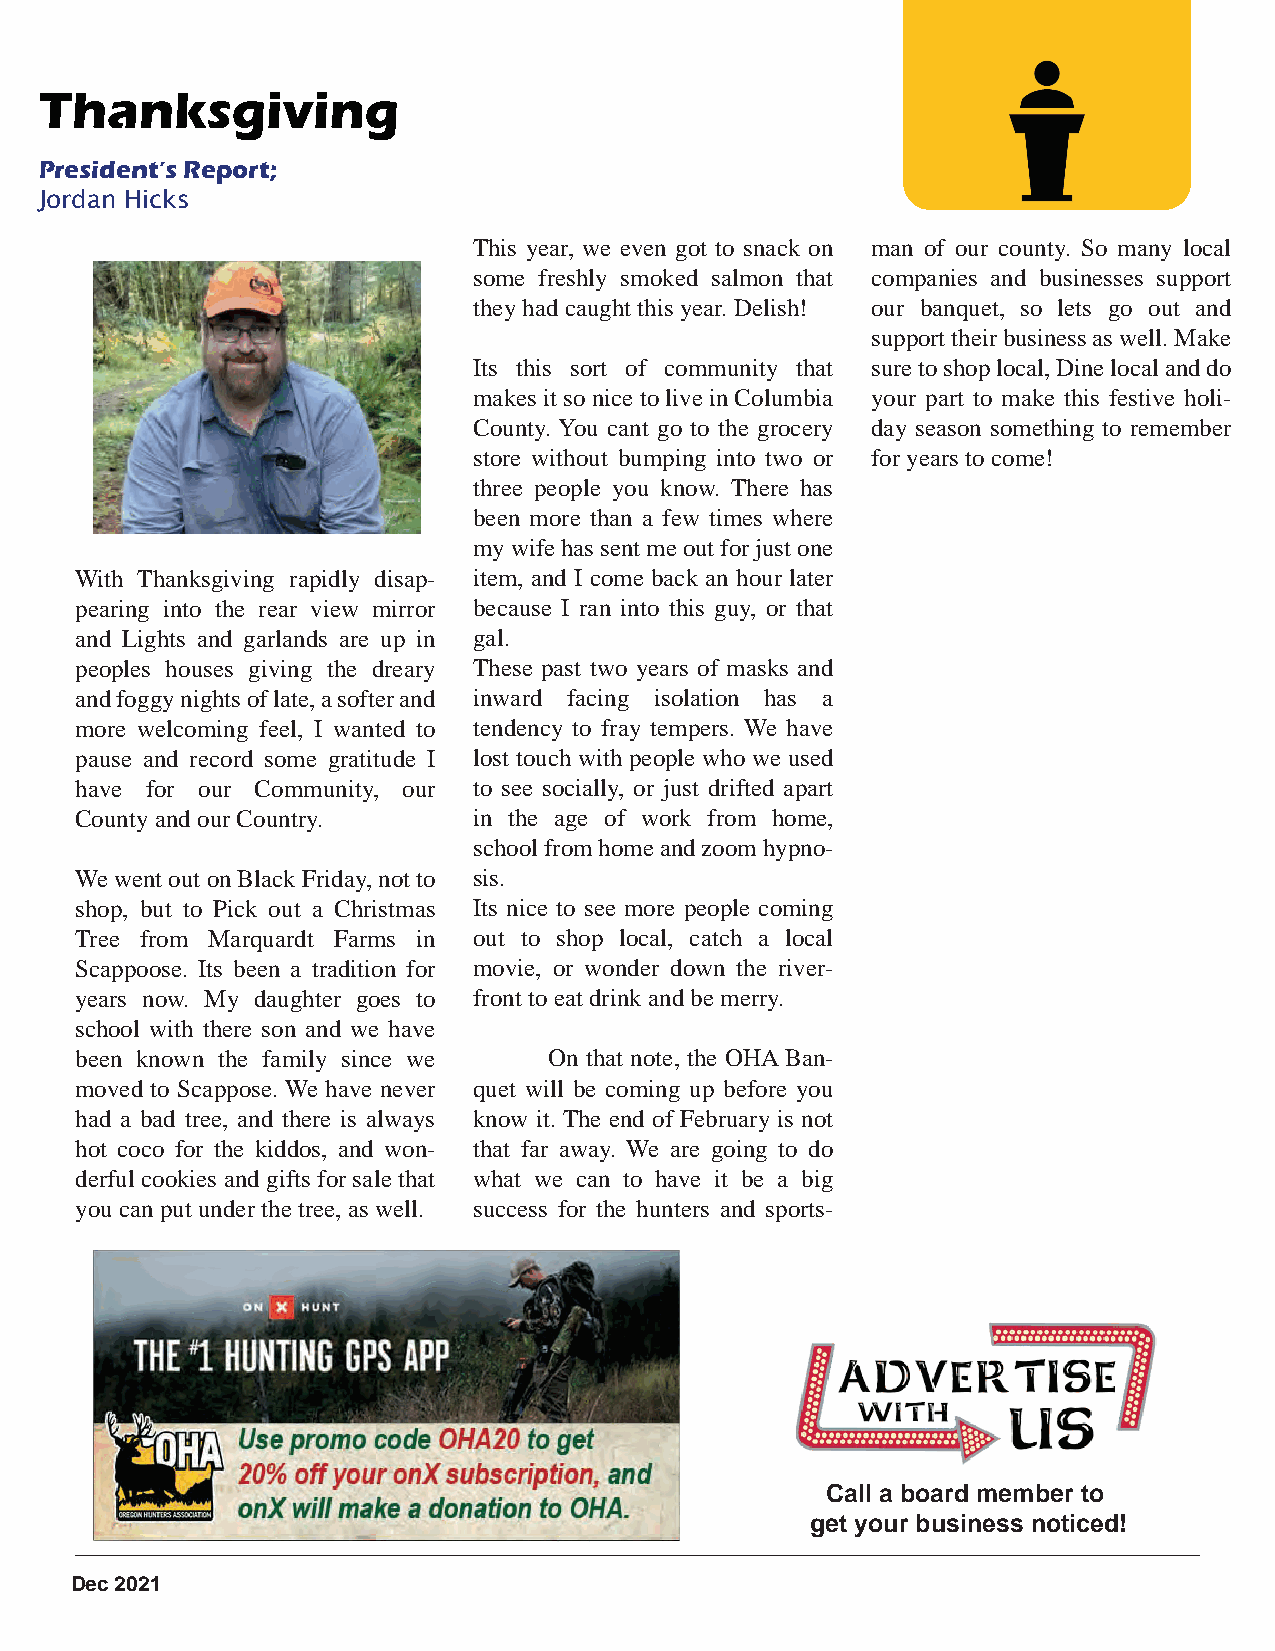
Thanksgiving
 President’sReport;
 Jordan Hicks
 This year, we even got to snack on man of our county. So many local
 some freshly smoked salmon that companies and businesses support
 they had caught this year. Delish! our banquet, so lets go out and
 support their business as well. Make
 Its this sort of community that sure to shop local, Dine local and do
 makes it so nice to live in Columbia your part to make this festive holi-
 County. You cant go to the grocery day season something to remember
 store without bumping into two or for years to come!
 three people you know. There has
 been more than a few times where
 my wife has sent me out for just one
 With Thanksgiving rapidly disap- item, and I come back an hour later
 pearing into the rear view mirror because I ran into this guy, or that
 and Lights and garlands are up in gal.
 peoples houses giving the dreary These past two years of masks and
 and foggy nights of late, a softer and inward facing isolation has a
 more welcoming feel, I wanted to tendency to fray tempers. We have
 pause and record some gratitude I lost touch with people who we used
 have for our Community, our to see socially, or just drifted apart
 County and our Country.   in the age of work from home,
 school from home and zoom hypno-
 We went out on Black Friday, not to sis.
 shop, but to Pick out a Christmas Its nice to see more people coming
 Tree from Marquardt Farms in out to shop local, catch a local
 Scappoose. Its been a tradition for movie, or wonder down the river-
 years now. My daughter goes to front to eat drink and be merry.
 school with there son and we have
 been known the family since we On that note, the OHA Ban-
 moved to Scappose. We have never quet will be coming up before you
 had a bad tree, and there is always know it. The end of February is not
 hot coco for the kiddos, and won- that far away. We are going to do
 derful cookies and gifts for sale that what we can to have it be a big
 you can put under the tree, as well. success for the hunters and sports-
 Call aboard member to
 get your business noticed!
 DMeacy 22002211